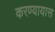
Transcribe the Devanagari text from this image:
करण्यायास